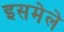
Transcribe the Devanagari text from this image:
इसमेले